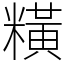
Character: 䊣